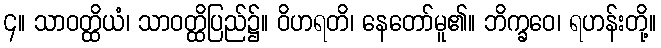
၄။ သာဝတ္ထိယံ၊ သာဝတ္ထိပြည်၌။ ဝိဟရတိ၊ နေတော်မူ၏။ ဘိက္ခဝေ၊ ရဟန်းတို့။